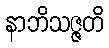
နာဘိသဇ္ဇတိ